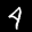
Label: 4